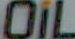
OIL